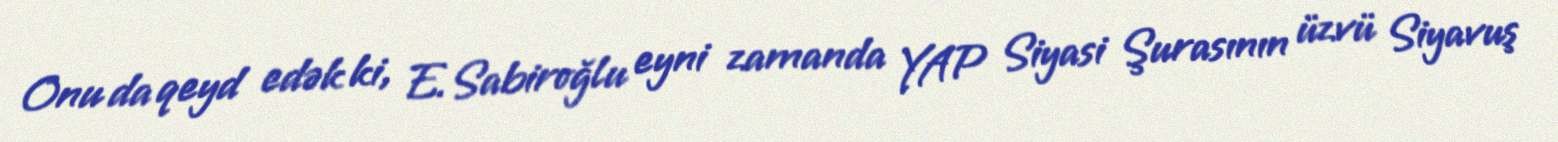
Onu da qeyd edək ki, E.Sabiroğlu eyni zamanda YAP Siyasi Şurasının üzvü Siyavuş